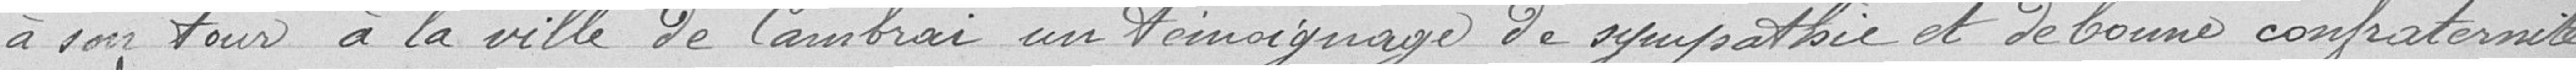
à son tour à la ville de Cambrai un témoignage de sympathie et de bonne confraternité,